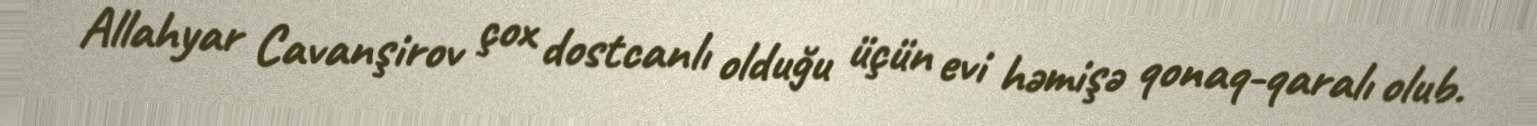
Allahyar Cavanşirov çox dostcanlı olduğu üçün evi həmişə qonaq-qaralı olub.